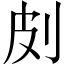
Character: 㓟